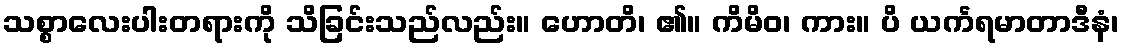
သစ္စာလေးပါးတရားကို သိခြင်းသည်လည်း။ ဟောတိ၊ ၏။ ကိမိဝ၊ ကား။ ပိ ယင်္ကရမာတာဒီနံ၊